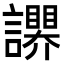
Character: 𧭬